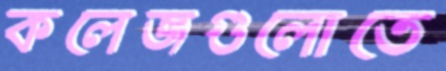
কলেজগুলোতে